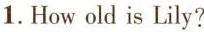
1.How old is Lily?